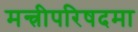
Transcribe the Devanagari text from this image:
मन्त्रीपरिषदमा